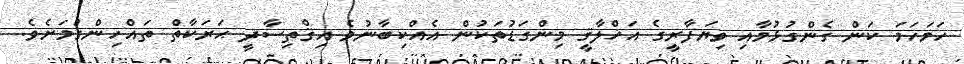
ހަމަހަމަ ކަން ގެންގުޅުމާއި ވިޔަފާރީގެ އަޚްލާޤީ މިންގަޑުތަކުން އެއްކިބާނުވެ އިޤްތިސާދީ ޙަރަކާތް ތައްހިންގުމަށެވެ.